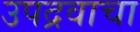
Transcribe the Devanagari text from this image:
उपद्रवाचा